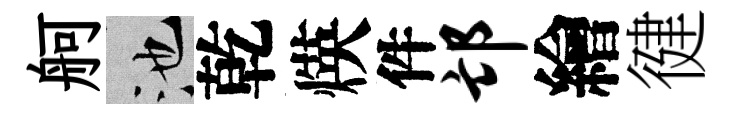
舸池乾煐件邙繪徤